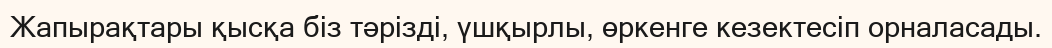
Жапырақтары қысқа біз тәрізді, үшқырлы, өркенге кезектесіп орналасады.